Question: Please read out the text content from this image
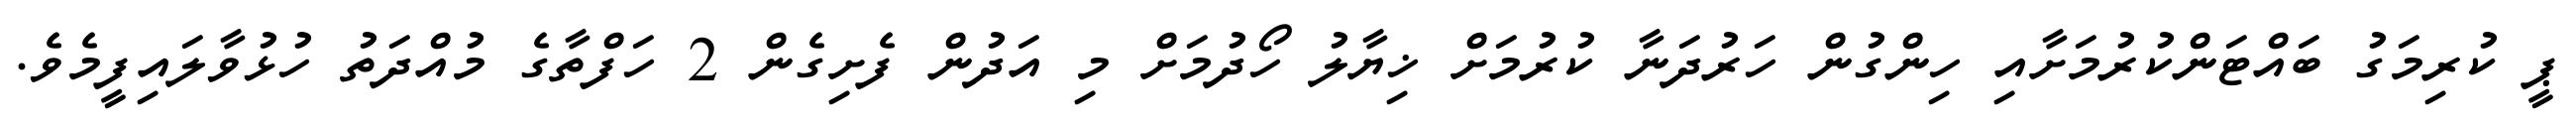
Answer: ޕީ ކުރިމަގު ބައްޓަންކުރުމަށާއި ހިންގުން ހަރުދަނާ ކުރުމަށް ޚިޔާލު ހޯދުމަށް މި އަދުން ފެށިގެން 2 ހަފްތާގެ މުއްދަތު ހުޅުވާލައިފީމެވެ.